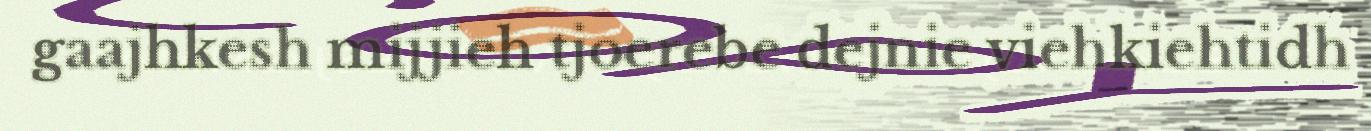
gaajhkesh mijjieh tjoerebe dejnie viehkiehtidh